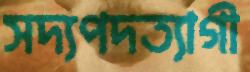
সদ্যপদত্যাগী